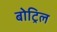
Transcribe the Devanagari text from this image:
बोट्रिल